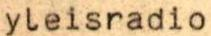
yleisradio